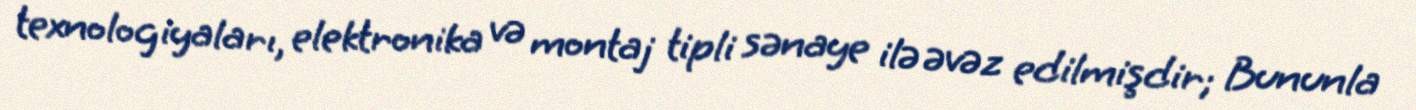
texnologiyaları, elektronika və montaj tipli sənaye ilə əvəz edilmişdir; Bununla